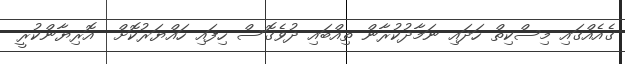
ގެއެއްގައި މިސްކިތް ހަދައި ނަމާދުކުރާން ތިއްބައި ދުވެގޮސް ހިފައި ހައްޔަރުކޮށް  އޮރިޔާންކުރީ